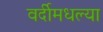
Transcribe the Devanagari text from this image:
वर्दीमधल्या